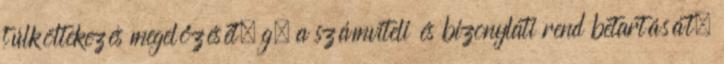
túlköltekezés megelőzését, g. a számviteli és bizonylati rend betartását.